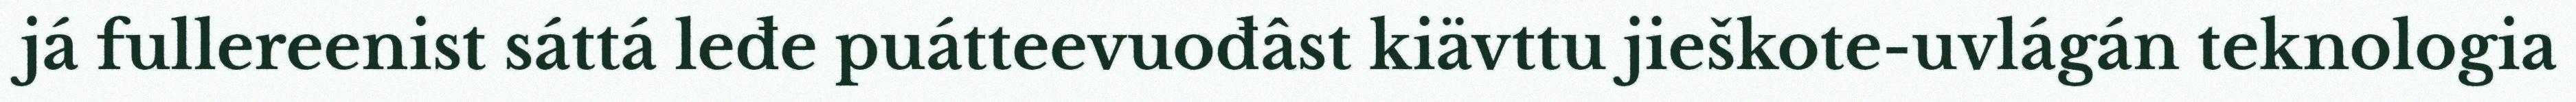
já fullereenist sáttá leđe puátteevuođâst kiävttu jieškote-uvlágán teknologia